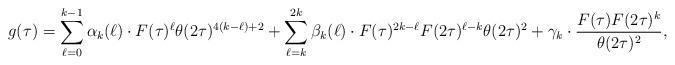
LaTeX: \begin{align*}g(\tau)=\sum_{\ell=0}^{k-1}\alpha_k(\ell)\cdot F(\tau)^\ell\theta(2\tau)^{4(k-\ell)+2}+\sum_{\ell=k}^{2k}\beta_k(\ell)\cdot F(\tau)^{2k-\ell}F(2\tau)^{\ell-k}\theta(2\tau)^2+\gamma_k\cdot \dfrac{F(\tau)F(2\tau)^k}{\theta(2\tau)^2}, \end{align*}